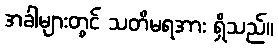
အခါများတွင် သတိမရအား ရှိသည်။